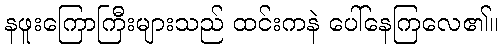
နဖူးကြောကြီးများသည် ထင်းကနဲ ပေါ်နေကြလေ၏။